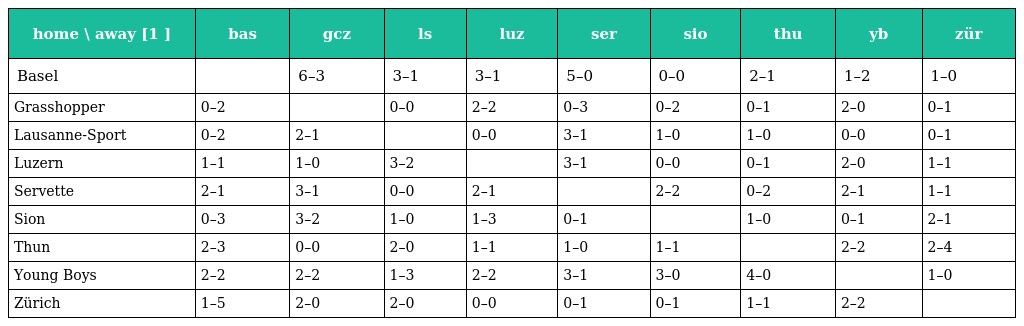
| home \ away [1 ] | bas | gcz | ls | luz | ser | sio | thu | yb | zür |
 | --- | --- | --- | --- | --- | --- | --- | --- | --- | --- |
 | Basel |  | 6–3 | 3–1 | 3–1 | 5–0 | 0–0 | 2–1 | 1–2 | 1–0 |
 | Grasshopper | 0–2 |  | 0–0 | 2–2 | 0–3 | 0–2 | 0–1 | 2–0 | 0–1 |
 | Lausanne-Sport | 0–2 | 2–1 |  | 0–0 | 3–1 | 1–0 | 1–0 | 0–0 | 0–1 |
 | Luzern | 1–1 | 1–0 | 3–2 |  | 3–1 | 0–0 | 0–1 | 2–0 | 1–1 |
 | Servette | 2–1 | 3–1 | 0–0 | 2–1 |  | 2–2 | 0–2 | 2–1 | 1–1 |
 | Sion | 0–3 | 3–2 | 1–0 | 1–3 | 0–1 |  | 1–0 | 0–1 | 2–1 |
 | Thun | 2–3 | 0–0 | 2–0 | 1–1 | 1–0 | 1–1 |  | 2–2 | 2–4 |
 | Young Boys | 2–2 | 2–2 | 1–3 | 2–2 | 3–1 | 3–0 | 4–0 |  | 1–0 |
 | Zürich | 1–5 | 2–0 | 2–0 | 0–0 | 0–1 | 0–1 | 1–1 | 2–2 |  |